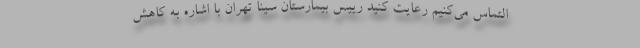
التماس می‌کنیم رعایت کنید رییس بیمارستان سینا تهران با اشاره به کاهش